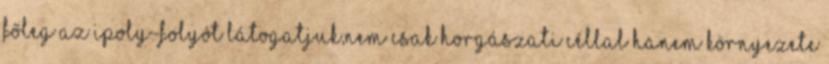
Főleg az Ipoly-folyót látogatjuk,nem csak horgászati céllal hanem környezete